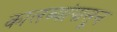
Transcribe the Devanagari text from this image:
कालव्यांपासून